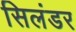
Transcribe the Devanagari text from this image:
सिलंडर